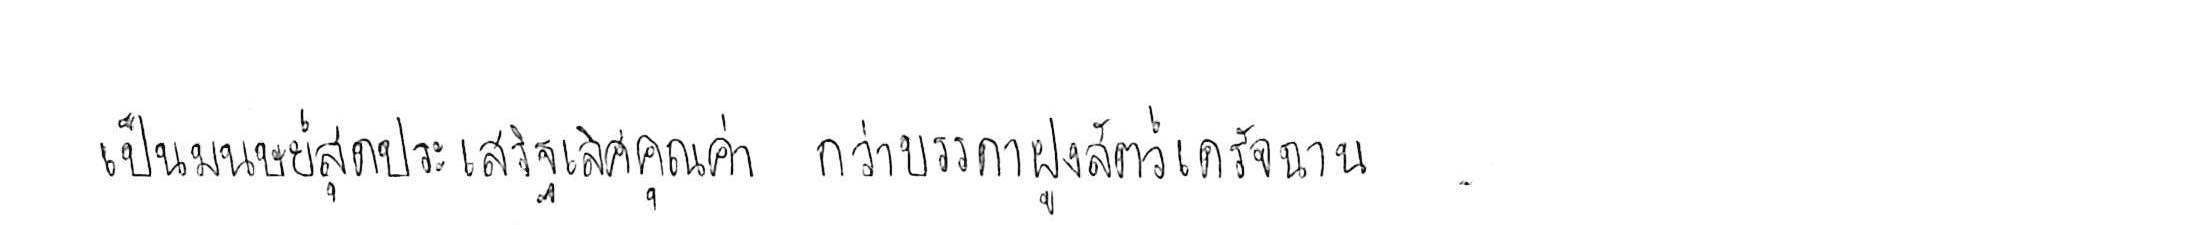
เป็นมนุษย์สุดประเสริฐเลิศคุณค่า กว่าบรรดาฝูงสัตว์เดรัจฉาน